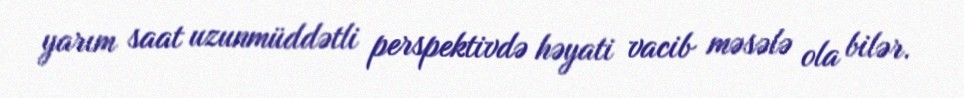
yarım saat uzunmüddətli perspektivdə həyati vacib məsələ ola bilər.